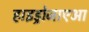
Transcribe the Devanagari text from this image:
हाइड्रोजाएआ